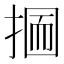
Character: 𢰋